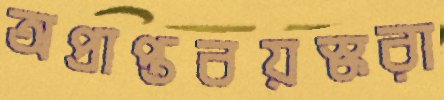
অপ্রাপ্তবয়স্করা